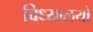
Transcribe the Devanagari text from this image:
विध्यालयो